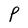
Character: P